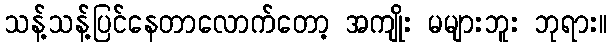
သန့်သန့်ပြင်နေတာလောက်တော့ အကျိုး မများဘူး ဘုရား။